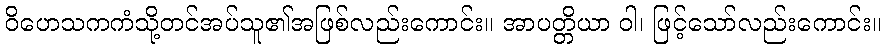
ဝိဟေသကကံသို့တင်အပ်သူ၏အဖြစ်လည်းကောင်း။ အာပတ္တိယာ ဝါ၊ ဖြင့်သော်လည်းကောင်း။